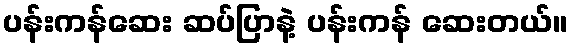
ပန်းကန်ဆေး ဆပ်ပြာနဲ့ ပန်းကန် ဆေးတယ်။